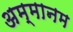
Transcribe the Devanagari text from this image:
अम्मानम